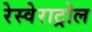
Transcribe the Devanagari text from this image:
रेस्वेराट्रोल